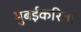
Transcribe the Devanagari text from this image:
मुंबईकरिता